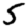
Digit: 5